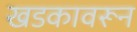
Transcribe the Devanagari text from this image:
खडकावरून